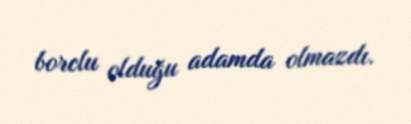
borclu olduğu adamda olmazdı.